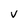
Character: V